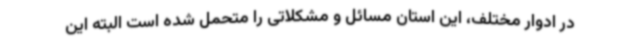
در ادوار مختلف، این استان مسائل و مشکلاتی را متحمل شده است البته این